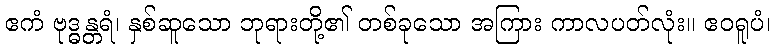
ဧကံ ဗုဒ္ဓန္တရံ၊ နှစ်ဆူသော ဘုရားတို့၏ တစ်ခုသော အကြား ကာလပတ်လုံး။ ဧဝရူပံ၊